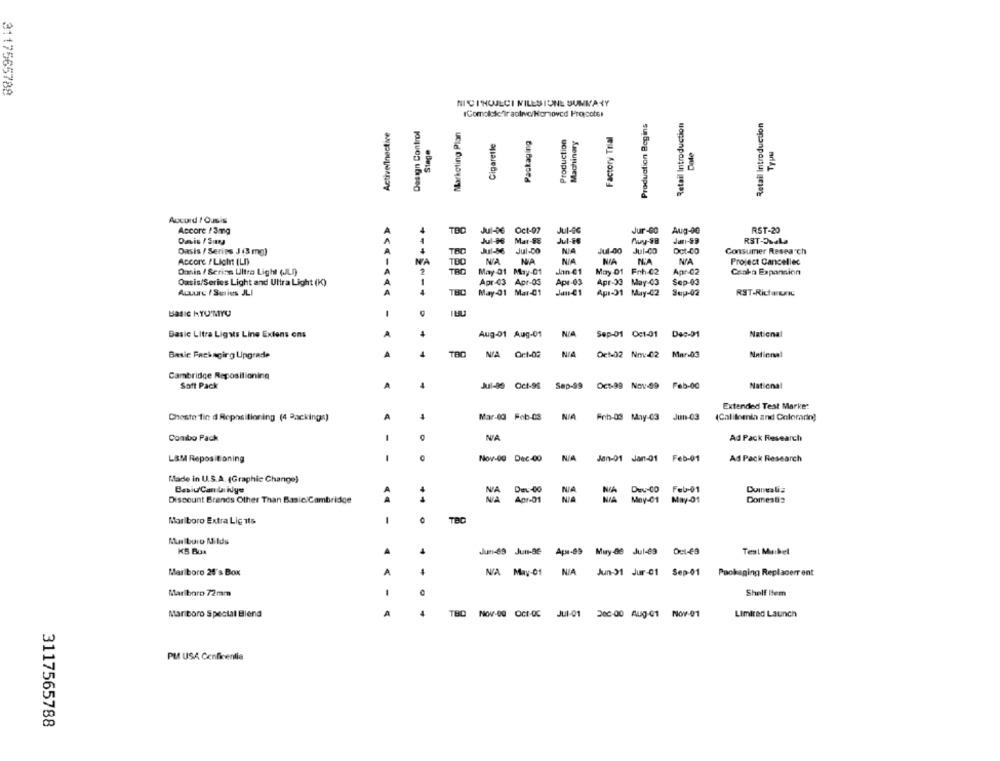
3117565788
NICINOJECI NILESIONE SUNKANY
IComoliste ir aotive/Homoved Propcotsi
Production Begins
Retail Introduction
Retail Introduction
Active/Inactive
Design Control
Marketing Plan
Factory Trial
Cigaretle
Packaging
Production
Machinery
Stage
Typu
Accord / Ousis
+-+
TDC
Jul-06 Oct-07
Jur-60
Aug-00
RST-20
Accore /3mg
Jul-96
Mar-88
Jul-16
RST-QueLa
Oasis / Series J (3 mg)
TBD
Jul-DO
NIA
Jul-00
Jul-CO
Dot-00
Consumer Research
Accore / Licht (LD)
NA
TBD
MIA
Project Cancellec
Dasin / Serinn Ultra Light (JLD)
2
TBD
May 01 May-01
Jan 01
May 01 Frh-02
Apr-02
Canka Expansion
Oasis/Series Light and Ultra Light (K)
Apr-03 Apr-05
Apr-03
Apr-33 May-03
Sep-03
Acture / Suries JLI
TBC
May-01 Mar-01
Jan21
Apr-31 May-02
Sep-02
Basic Litra Ligats Line Extens ons
Aug-01 Aug-01
NIA
Sep-01 Oct-01 Dec-01
National
Basic Fackagirg Lipgrade
TAD
NA Or:1-02
Oct-02 Nm: 02 Mar.03
National
Cambridge Repositioning
Soft Pack
A
Jul-0
Oct-91
Sap-99
Oct-99 Nov-89
Feb-00
National
Extended Test Marke:
Cheste fin d Repositioning (4 Backings)
A
Mar-03 Feb-03 NIA Feb-03 May-03 Jun-03
(Califnenia and Coloradin)
-
Combo Pack
NA
Ad Pack Research
-
L&M Repositioning
Nov-Og Dec-00
Jan-01 Jan-01
Feb-01
Ad Pack Research
Made in U.S.A. (Graphic Change)
Duinealia
Basic Candidye
Dwu-CO Feb-01
Discount Brands Other Than Basic.Cambridge
Apr-01
May-01
May-01
DomesBa
-
Marlboro Extra Lig its
TBC
Mus buio Milds
KS BUa
A
Jun-69 Jun-Be Aps-89 Muy-86 Jul-69 Oct-69
Test Maikel
Marlboro 24's Box
A
NA May-01 NIA Jun-31 Jur-01 Sep-01 Packaging Replacerrent
Marlboro 72mm
1
Shelf Item
Mar boro Special Blend
A
TBD
Nov-00 Oct-QC JU1-01 30c:00 Aug-01 Nov-01
Limited Launch
PM USA Conficentia
3117565788